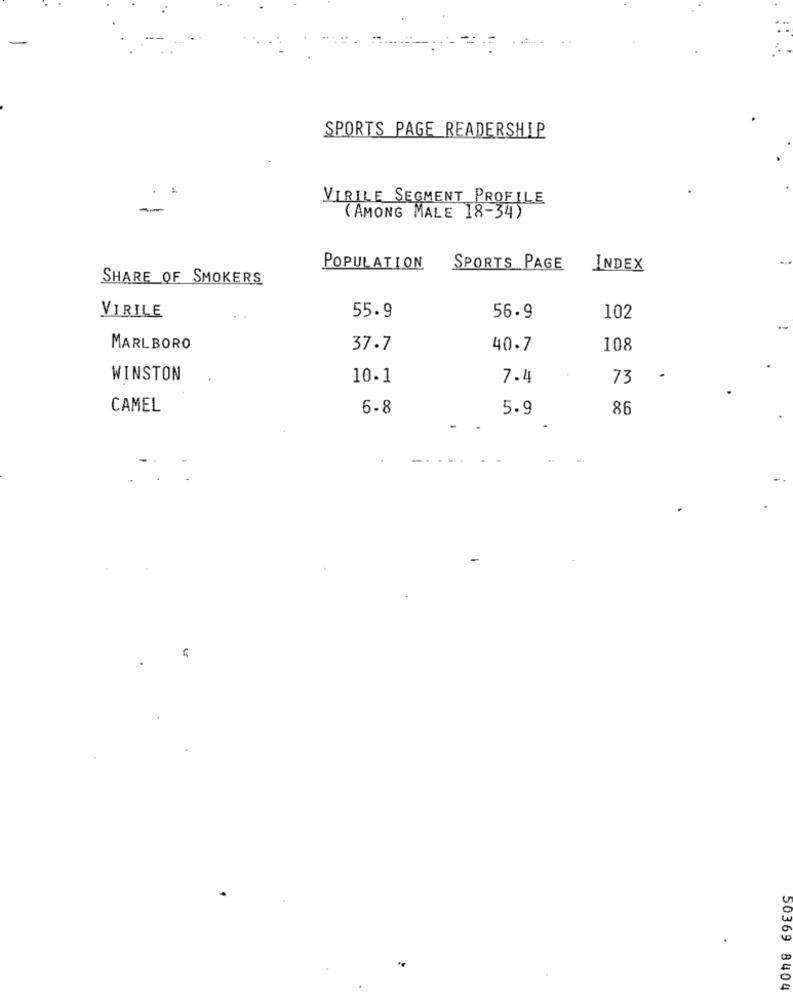
SPORTS PAGE READERSHIP
VIRILE SEGMENT PROFILE
(AMONG MALE 18-34)
POPULATION
SPORTS PAGE
INDEX
SHARE OF SMOKERS
VIRILE
55.9
56.9
102
MARLBORO
37.7
40-7
108
WINSTON
10.1
7.4
73
CAMEL
6-8
5.9
86
50369 8404